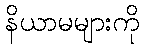
နိယာမများကို